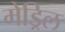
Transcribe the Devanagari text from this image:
मेड्रिल